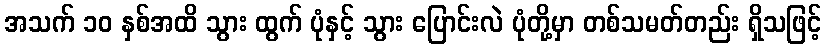
အသက် ၁၀ နှစ်အထိ သွား ထွက် ပုံနှင့် သွား ပြောင်းလဲ ပုံတို့မှာ တစ်သမတ်တည်း ရှိသဖြင့်